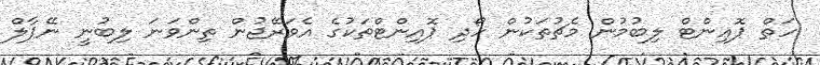
ހަތް ޕޮއިންޓް ލިބުމުން މެޗުތަކުން ހޯދި ޕޮއިންޓްތަކުގެ އެވަރޭޖުން ތިންވަނަ ލިބުނީ ނޭޕާލް